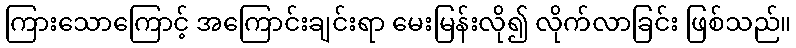
ကြားသောကြောင့် အကြောင်းချင်းရာ မေးမြန်းလို၍ လိုက်လာခြင်း ဖြစ်သည်။